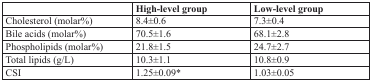
|  | High-level group | Low-level group |
 | --- | --- | --- |
 | Cholesterol (molar%) | 8.4±0.6 | 7.3±0.4 |
 | Bile acids (molar%) | 70.5±1.6 | 68.1±2.8 |
 | Phospholipids (molar%) | 21.8±1.5 | 24.7±2.7 |
 | Total lipids (g/L) | 10.3±1.1 | 10.8±0.9 |
 | CSI | 1.25±0.09* | 1.03±0.05 |